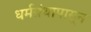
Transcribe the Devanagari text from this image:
धर्मग्रंथापासून